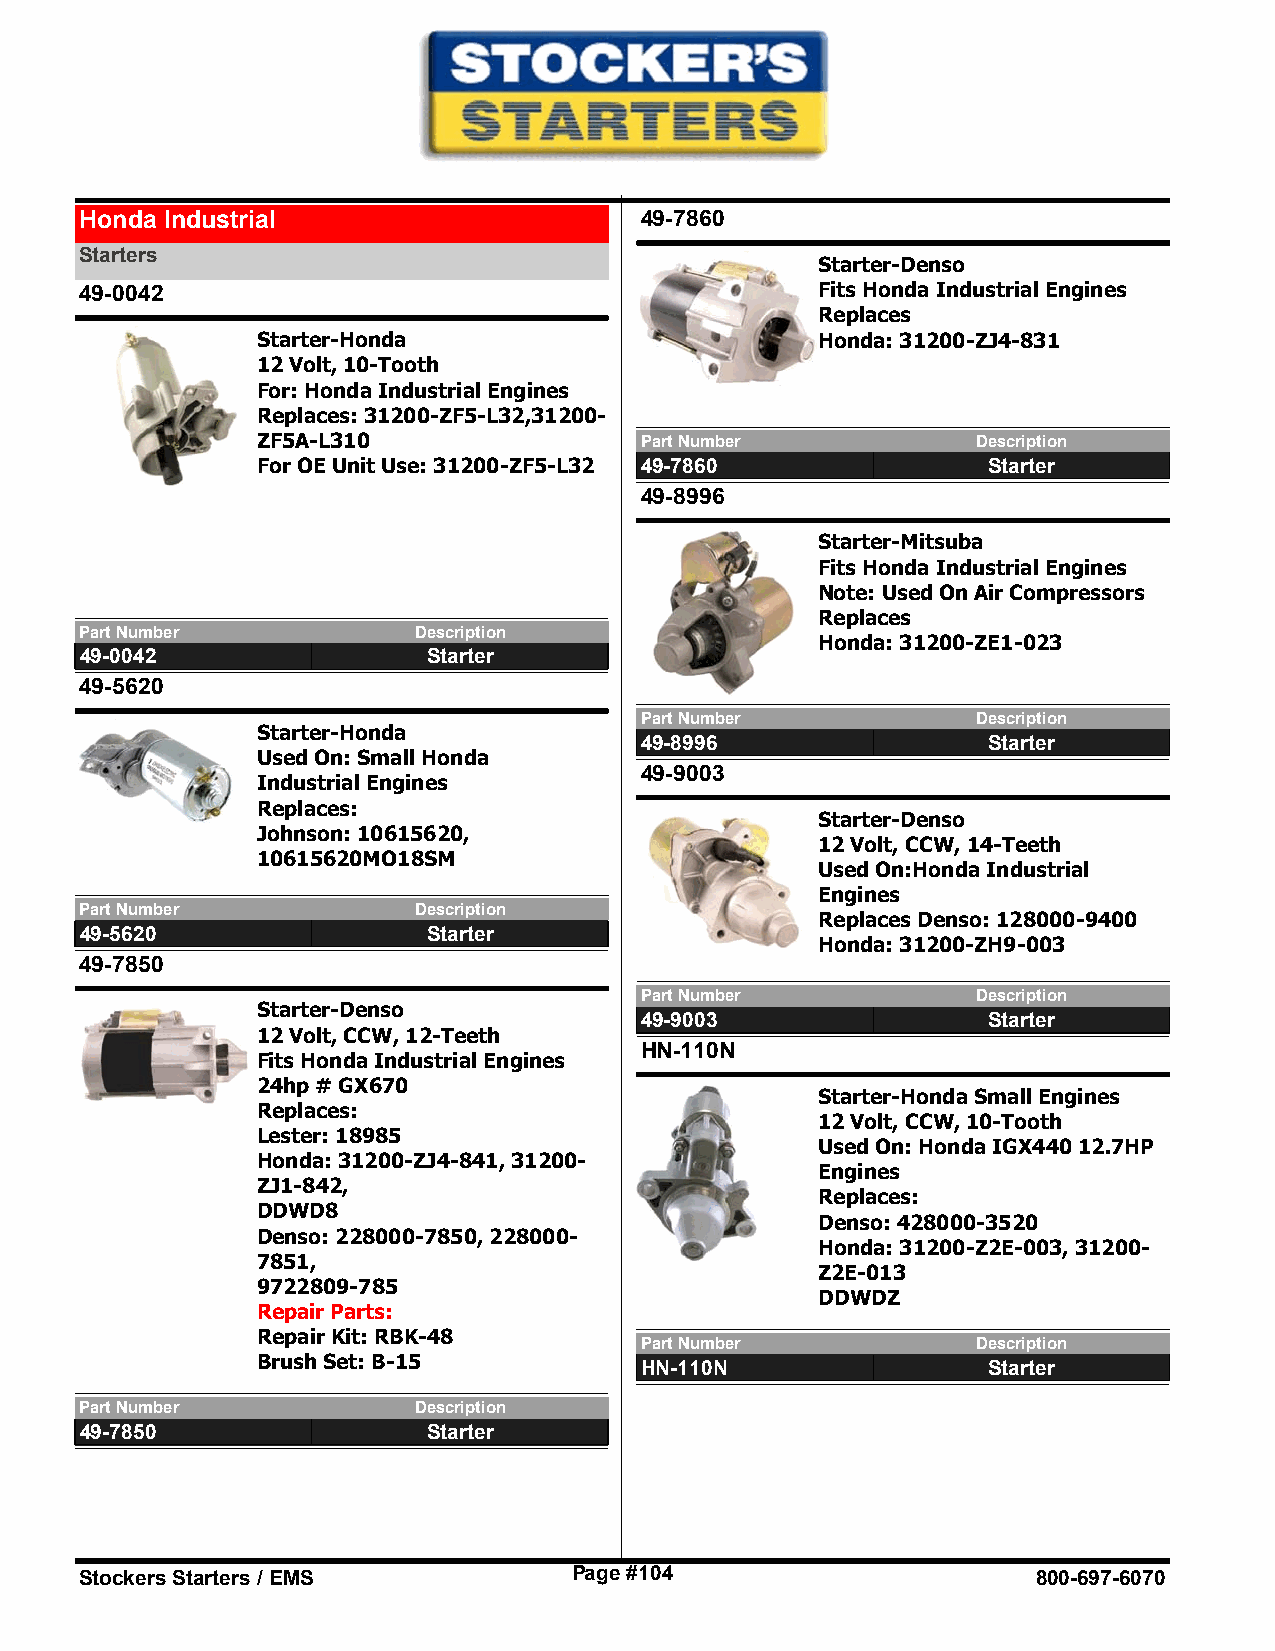
Honda Industrial                     49-7860
 Starters
 Starter-Denso
 49-0042                                          Fits Honda Industrial Engines
 Replaces
 Starter-Honda                        Honda: 31200-ZJ4-831
 12 Volt, 10-Tooth
 For: Honda Industrial Engines
 Replaces: 31200-ZF5-L32,31200-
 ZF5A-L310                Part Number            Description
 For OE Unit Use: 31200-ZF5-L32 49-7860          Starter
 49-8996
 Starter-Mitsuba
 Fits Honda Industrial Engines
 Note: Used On Air Compressors
 Replaces
 Part Number           Description
 Honda: 31200-ZE1-023
 49-0042                Starter
 49-5620
 Part Number            Description
 Starter-Honda
 49-8996                Starter
 Used On: Small Honda
 49-9003
 Industrial Engines
 Replaces:
 Starter-Denso
 Johnson: 10615620,
 12 Volt, CCW, 14-Teeth
 10615620MO18SM
 Used On:Honda Industrial
 Engines
 Part Number           Description
 Replaces Denso: 128000-9400
 49-5620                Starter
 Honda: 31200-ZH9-003
 49-7850
 Part Number            Description
 Starter-Denso
 49-9003                Starter
 12 Volt, CCW, 12-Teeth
 HN-110N
 Fits Honda Industrial Engines
 24hp # GX670
 Starter-Honda Small Engines
 Replaces:
 12 Volt, CCW, 10-Tooth
 Lester: 18985
 Used On: Honda IGX440 12.7HP
 Honda: 31200-ZJ4-841, 31200-
 Engines
 ZJ1-842,
 Replaces:
 DDWD8
 Denso: 428000-3520
 Denso: 228000-7850, 228000-
 Honda: 31200-Z2E-003, 31200-
 7851,
 Z2E-013
 9722809-785
 DDWDZ
 Repair Parts:
 Repair Kit: RBK-48
 Part Number            Description
 Brush Set: B-15          HN-110N                Starter
 Part Number           Description
 49-7850                Starter
 Stockers Starters / EMS          Page #104                      800-697-6070